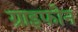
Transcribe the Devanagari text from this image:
ग्राइफोन